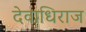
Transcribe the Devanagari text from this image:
देवाधिराज